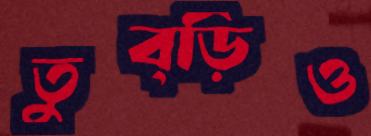
তুব্‌ড়িও